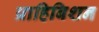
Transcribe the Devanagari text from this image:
प्राहिबिशन